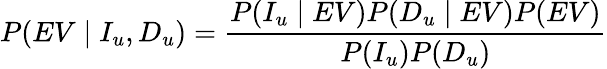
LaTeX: P(EV\mid I_{u},D_{u})=\frac{P(I_{u}\mid EV)P(D_{u}\mid EV)P(EV)}{P(I_{u})P(D_{u})}